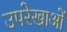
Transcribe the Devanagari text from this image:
उपरेखाओं